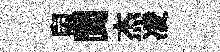
鼠閬杰凌